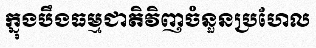
ក្នុងបឹងធម្មជាតិវិញចំនួនប្រហែល